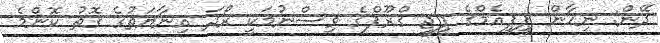
ދޭން: ނިހާން ޕީޕީއެމްގެ ޕީޖީ ގްރޫޕްގެ ވިސްނުމަކީ ރޯދަ އިނާޔަތުގެ ގޮތު ކޮންމެ